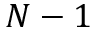
N - 1